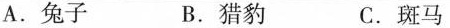
A.兔子 B.猎豹 C.斑马